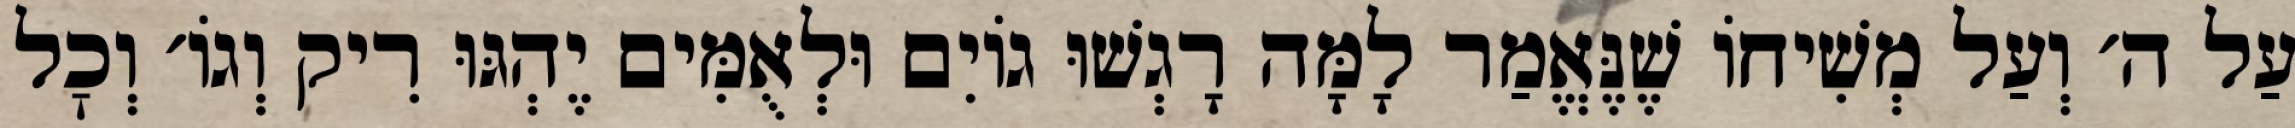
עַל ה׳ וְעַל מְשִׁיחוֹ שֶׁנֶּאֱמַר לָמָּה רָגְשׁוּ גוֹיִם וּלְאֻמִּים יֶהְגּוּ רִיק וְגוֹ׳ וְכׇל